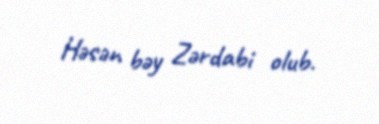
Həsən bəy Zərdabi olub.